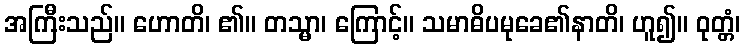
အကြီးသည်။ ဟောတိ၊ ၏။ တသ္မာ၊ ကြောင့်။ သမာဓိပမုခေ၏နာတိ၊ ဟူ၍။ ဝုတ္တံ၊